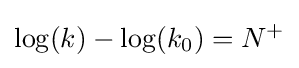
\log(k)-\log(k_{0})=N^{+}